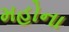
મહોના